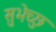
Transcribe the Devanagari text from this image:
सुभेच्छु